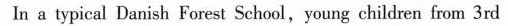
In a typical Danish Forest School,young children from 3rd